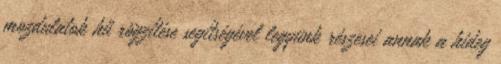
mozdulatok hű rögzítése segítségével legyünk részesei annak a hideg